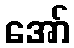
အော်